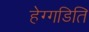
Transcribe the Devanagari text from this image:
हेग्गडिति